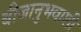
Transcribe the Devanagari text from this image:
बीजानुभवाशी